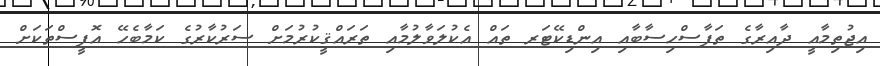
އިޖުތިމާއީ ދާއިރާގެ ތަފާސްހިސާބާއި އިންޑިކޭޓަރ ތައް އެކުލަވާލުމާއި ތަރައްޤީކުރުމަށް ސަރުކާރުގެ ކަމާބެހޭ އޮފީސްތަކަށް